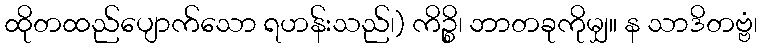
ထိုတထည်ပျောက်သော ရဟန်းသည်၊) ကိဉ္စိ၊ ဘာတခုကိုမျှ။ န သာဒိတဗ္ဗံ၊